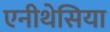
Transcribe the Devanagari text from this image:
एनीथेसिया